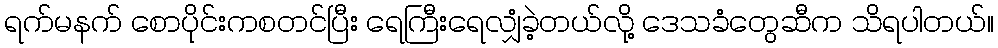
ရက်မနက် စောပိုင်းကစတင်ပြီး ရေကြီးရေလျှံခဲ့တယ်လို့ ဒေသခံတွေဆီက သိရပါတယ်။